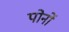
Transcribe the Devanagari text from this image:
पोर्नो